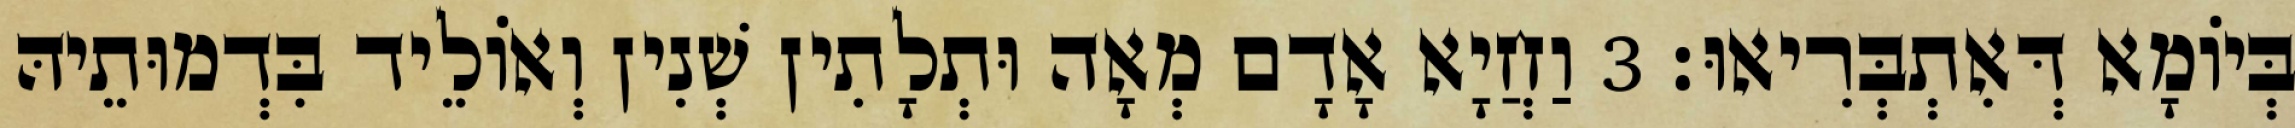
בְּיוֹמָא דְּאִתְבְּרִיאוּ׃ 3 וַחֲיָא אָדָם מְאָה וּתְלָתִין שְׁנִין וְאוֹלֵיד בִּדְמוּתֵיהּ